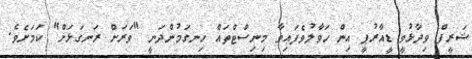
ޝަރީފް ވިދާޅުވީ ޑީއާރުޕީ އިން ހަވާލުވެފައިވާ މިނިސްޓްތައް ހިނގަމުންދަނީ "ވަރަށް ރަނގަޅަށް" ކަމަށެވެ.